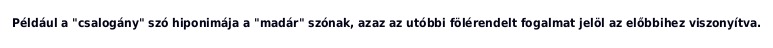
Például a "csalogány" szó hiponimája a "madár" szónak, azaz az utóbbi fölérendelt fogalmat jelöl az előbbihez viszonyítva.